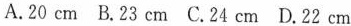
A.20cm B.23cm C.24cm D.22cm